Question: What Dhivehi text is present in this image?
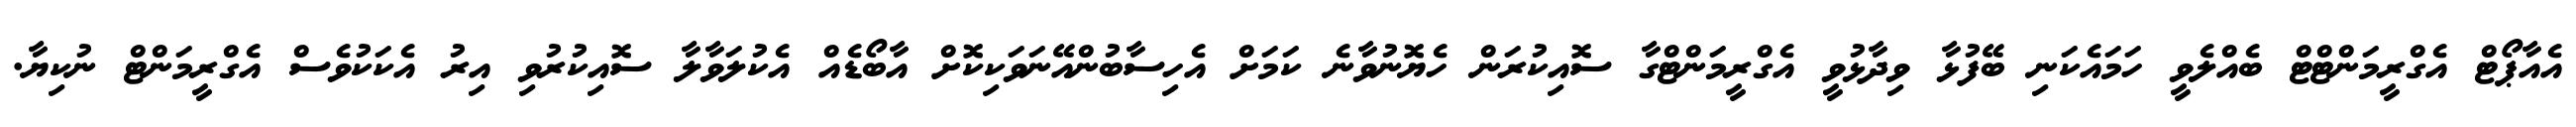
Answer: އެއާޕޯޓް އެގްރީމަންޓްޓް ބެއްލެވީ ހަމައެކަނި ބޭފުޅާ ވިދާޅުވީ އެގްރީމަންޓްގާ ސޮއިކުރަން ހެޔޮނުވާނެ ކަމަށް އެހިސާބުންއޭނަވަކިކޮށް އާބޯޑެއް އެކުލަވާލާ ސޮއިކުރުވި އިރު އެކަކުވެސް އެގްރީމަންޓް ނުކިޔާ.